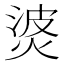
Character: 𰞹